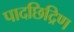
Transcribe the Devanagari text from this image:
पादछिद्रिण